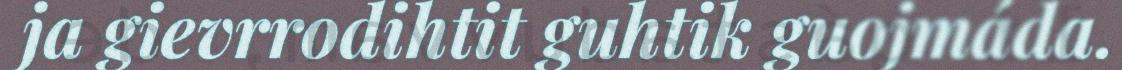
ja gievrrodihtit guhtik guojmáda.